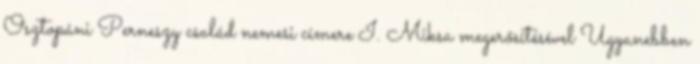
Osztopáni Perneszy család nemesi címere I. Miksa megerősítésével Ugyanebben